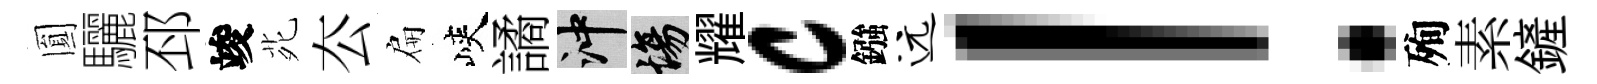
圎驪邳竣𫟍厺扁峽譎冲場耀c鏹远！殉素鏟